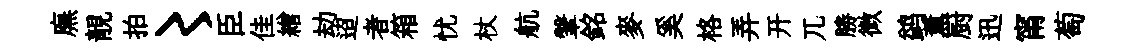
廡靚拍〻臣佳繒劫迢者箱忧杖航鞶銘麥奚格弄开兀勝微鹢薫厨迅甯萄